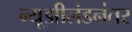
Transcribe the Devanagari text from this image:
न्यूझीलंडनंतर